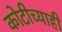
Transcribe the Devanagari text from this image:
कोटीच्याही